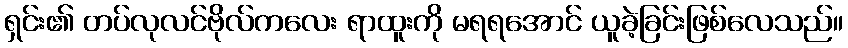
ရှင်း၏ တပ်လုလင်ဗိုလ်ကလေး ရာထူးကို မရရအောင် ယူခဲ့ခြင်းဖြစ်လေသည်။